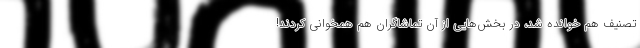
تصنیف هم خوانده شد، در بخش‌هایی از آن تماشاگران هم همخوانی کردند!